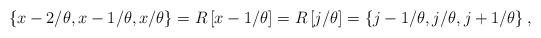
LaTeX: \begin{align*}\left\{ x-2/\theta,x-1/\theta,x/\theta\right\} =R\left[x-1/\theta\right]=R\left[j/\theta\right]=\left\{ j-1/\theta,j/\theta,j+1/\theta\right\} ,\end{align*}